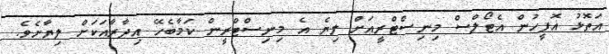
އަތޮޅު އޮފީހުން އެޓޯލްސް މިނިސްޓްރީއަށް ލިޔެ އެ މިނިސްޓްރީން ކަމާބެހޭ އިދާރާއަކަށް ލިޔާށެވެ.